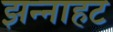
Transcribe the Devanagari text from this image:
झन्नाहट